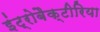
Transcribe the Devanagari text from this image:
इंट्रोबैक्टीरिया